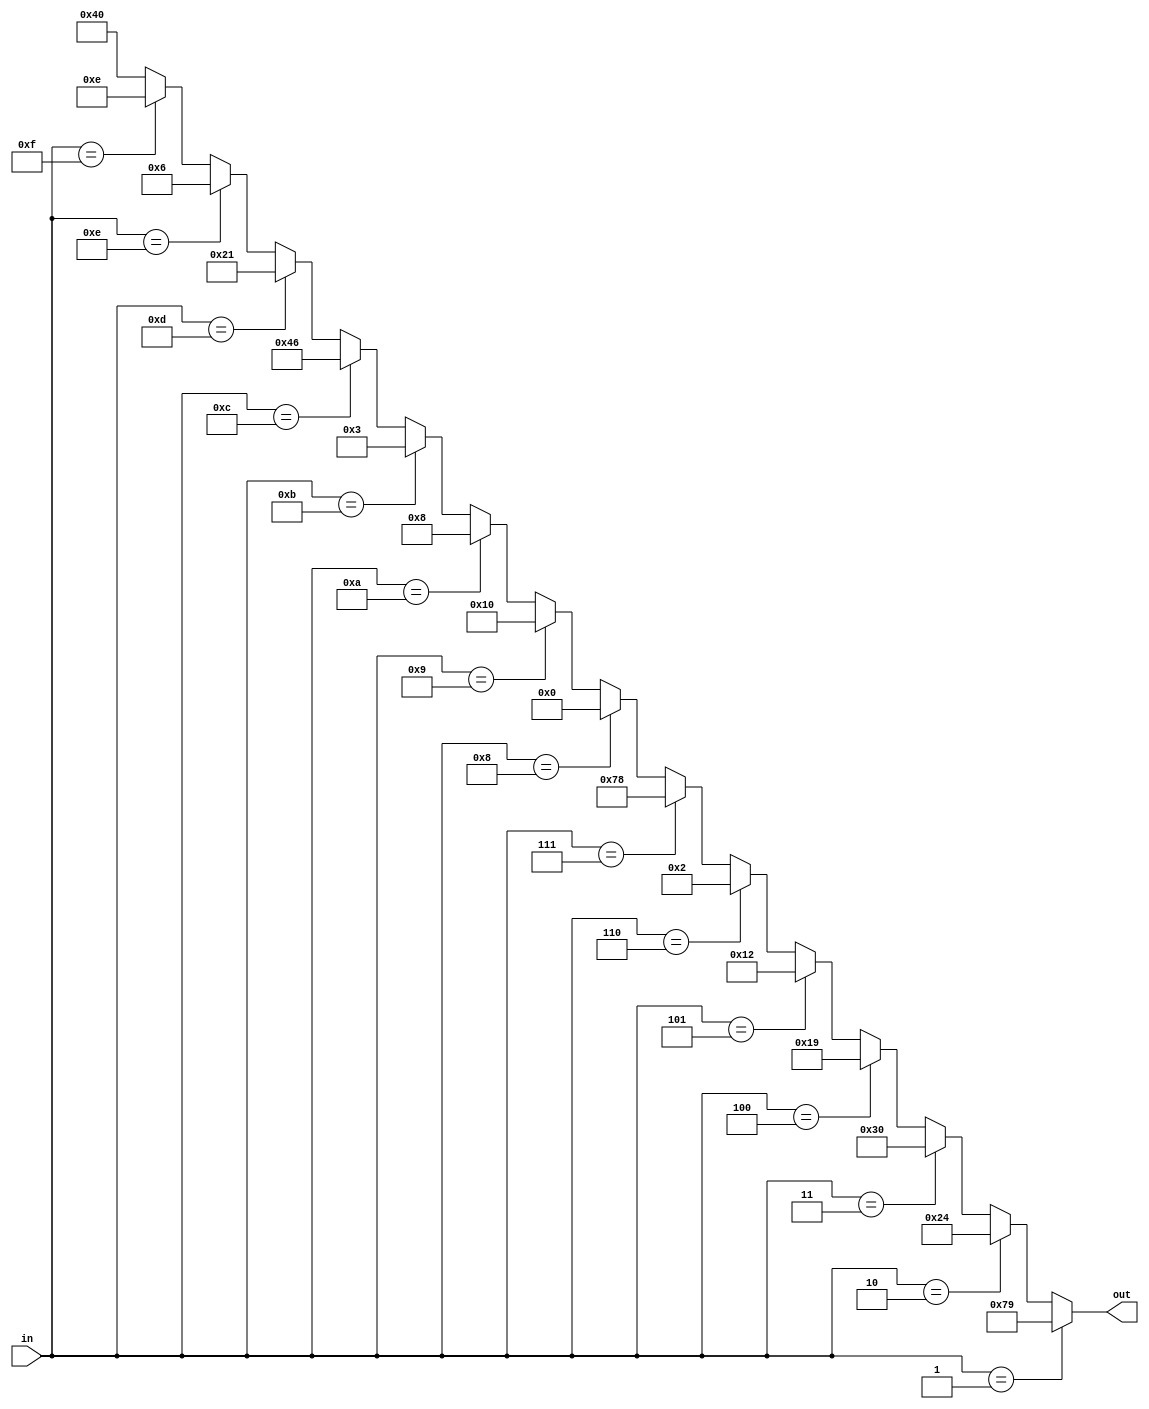
//-----------------------------------------------------------------------
//--
//-- Copyright 2009-2012 ShareBrained Technology, Inc.
//--
//-- This file is part of robotron-fpga.
//--
//-- robotron-fpga is free software: you can redistribute
//-- it and/or modify it under the terms of the GNU General
//-- Public License as published by the Free Software
//-- Foundation, either version 3 of the License, or (at your
//-- option) any later version.
//--
//-- robotron-fpga is distributed in the hope that it will
//-- be useful, but WITHOUT ANY WARRANTY; without even the
//-- implied warranty of MERCHANTABILITY or FITNESS FOR A
//-- PARTICULAR PURPOSE. See the GNU General Public License
//-- for more details.
//--
//-- You should have received a copy of the GNU General
//-- Public License along with robotron-fpga. If not, see
//-- <http://www.gnu.org/licenses/>.
//--
//-----------------------------------------------------------------------

module led_decoder(input [3:0] in,
		   output [6:0] out);

   assign out =
	       (in == 4'b0001) ? 7'b1111001 : //1
	       (in == 4'b0010) ? 7'b0100100 : //2
	       (in == 4'b0011) ? 7'b0110000 : //3
	       (in == 4'b0100) ? 7'b0011001 : //4
	       (in == 4'b0101) ? 7'b0010010 : //5
	       (in == 4'b0110) ? 7'b0000010 : //6
	       (in == 4'b0111) ? 7'b1111000 : //7
	       (in == 4'b1000) ? 7'b0000000 : //8
	       (in == 4'b1001) ? 7'b0010000 : //9
	       (in == 4'b1010) ? 7'b0001000 : //A
	       (in == 4'b1011) ? 7'b0000011 : //b
	       (in == 4'b1100) ? 7'b1000110 : //C
	       (in == 4'b1101) ? 7'b0100001 : //d
	       (in == 4'b1110) ? 7'b0000110 : //E
	       (in == 4'b1111) ? 7'b0001110 : //F
		7'b1000000; //0

endmodule